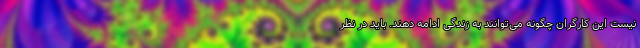
نیست این کارگران چگونه می‌توانند به زندگی ادامه دهند. باید در نظر